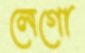
লেগো